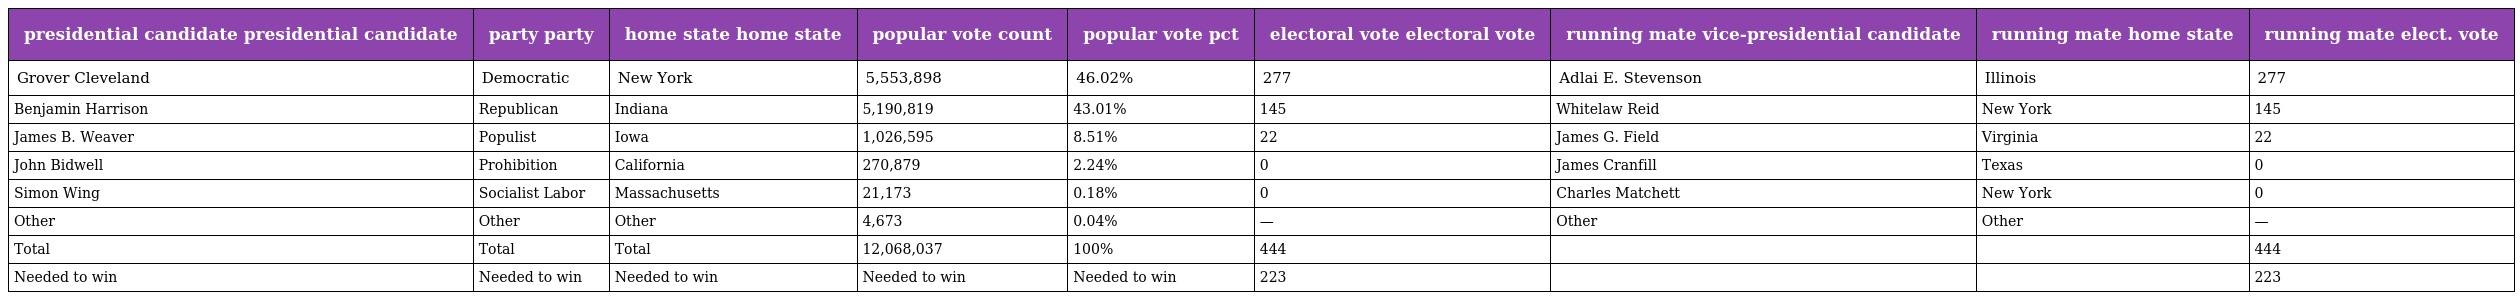
| presidential candidate presidential candidate | party party | home state home state | popular vote count | popular vote pct | electoral vote electoral vote | running mate vice-presidential candidate | running mate home state | running mate elect. vote |
 | --- | --- | --- | --- | --- | --- | --- | --- | --- |
 | Grover Cleveland | Democratic | New York | 5,553,898 | 46.02% | 277 | Adlai E. Stevenson | Illinois | 277 |
 | Benjamin Harrison | Republican | Indiana | 5,190,819 | 43.01% | 145 | Whitelaw Reid | New York | 145 |
 | James B. Weaver | Populist | Iowa | 1,026,595 | 8.51% | 22 | James G. Field | Virginia | 22 |
 | John Bidwell | Prohibition | California | 270,879 | 2.24% | 0 | James Cranfill | Texas | 0 |
 | Simon Wing | Socialist Labor | Massachusetts | 21,173 | 0.18% | 0 | Charles Matchett | New York | 0 |
 | Other | Other | Other | 4,673 | 0.04% | — | Other | Other | — |
 | Total | Total | Total | 12,068,037 | 100% | 444 |  |  | 444 |
 | Needed to win | Needed to win | Needed to win | Needed to win | Needed to win | 223 |  |  | 223 |